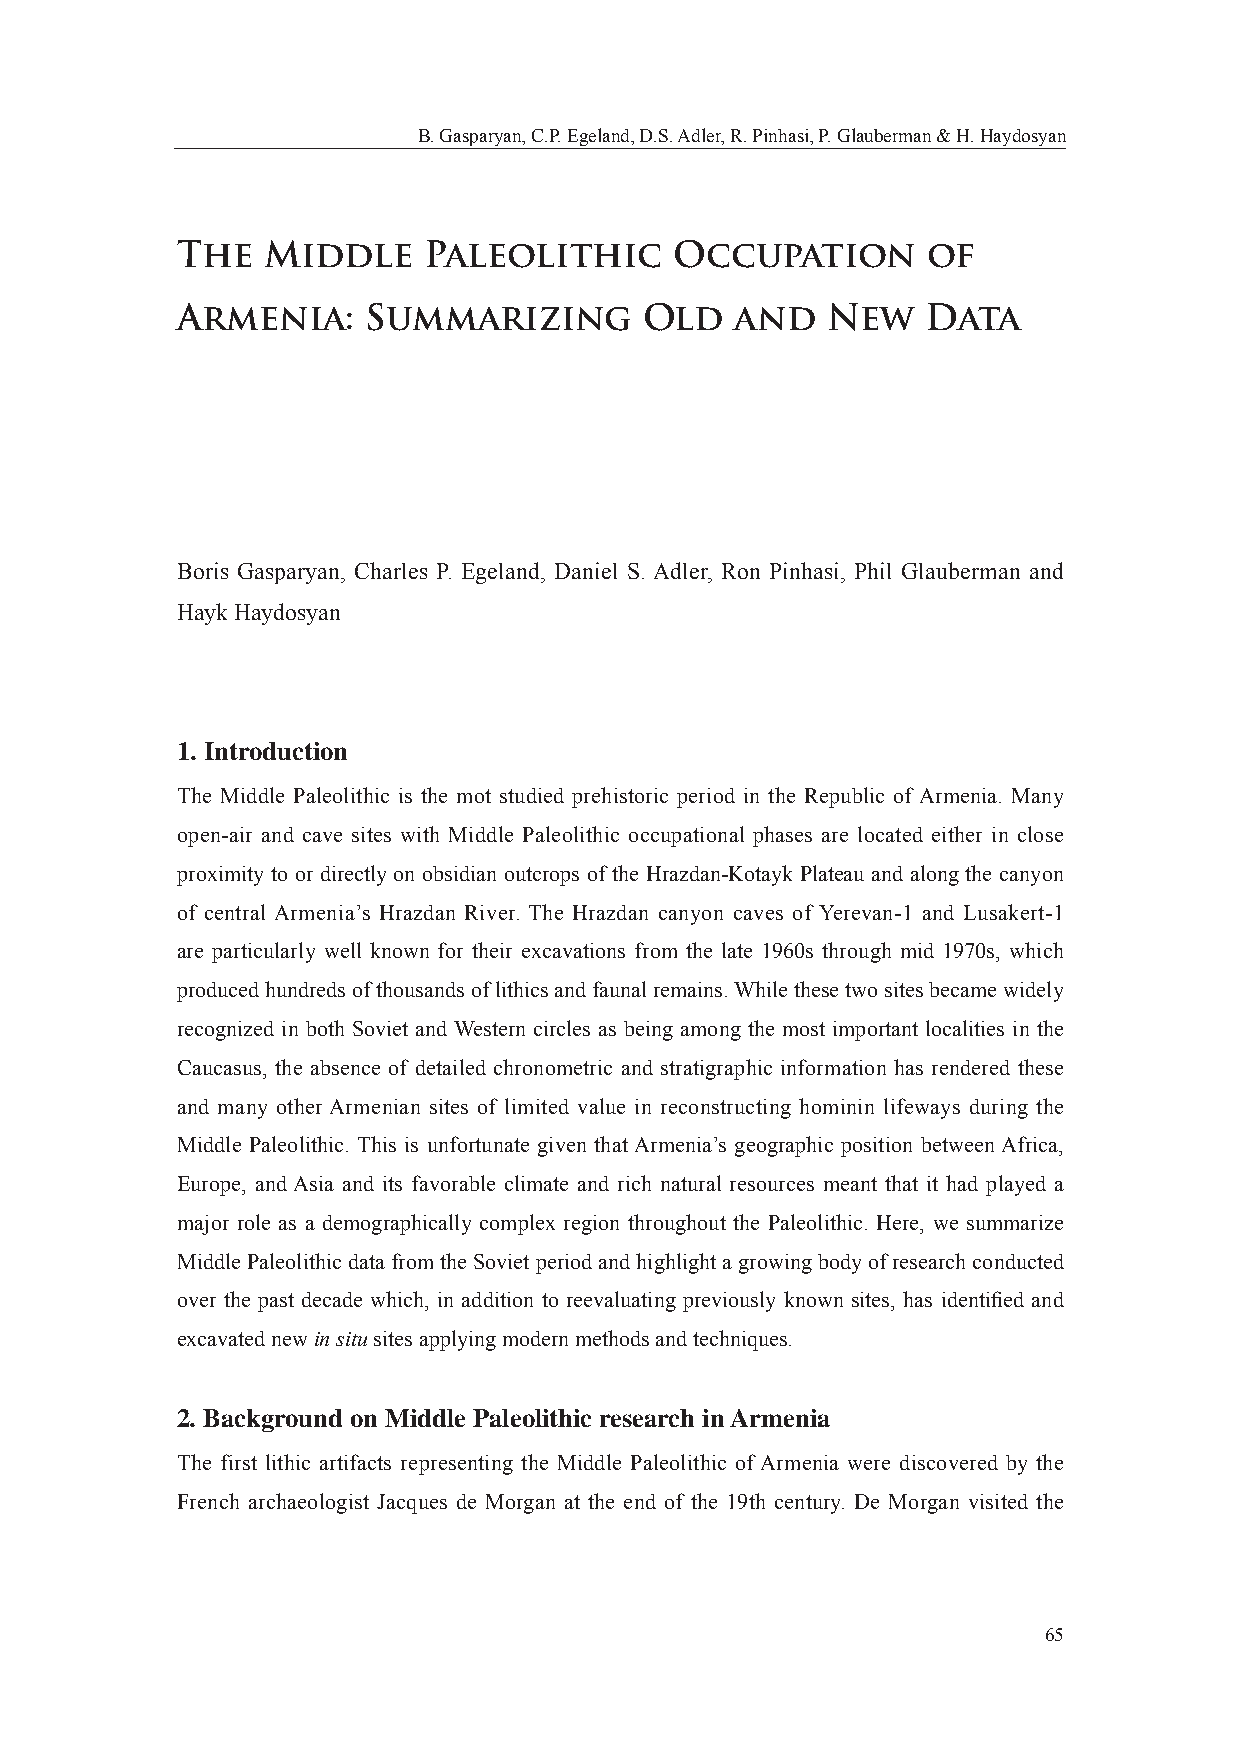
B. Gasparyan, C.P. Egeland, D.S. Adler, R. Pinhasi, P. Glauberman & H. Haydosyan
 The  Middle     Paleolithic      Occupation      of
 Armenia:    Summarizing        Old   and   New   Data
 Boris Gasparyan, Charles P. Egeland, Daniel S. Adler, Ron Pinhasi, Phil Glauberman and
 Hayk Haydosyan
 1. Introduction
 The Middle Paleolithic is the mot studied prehistoric period in the Republic of Armenia. Many
 open-air and cave sites with Middle Paleolithic occupational phases are located either in close
 proximity to or directly on obsidian outcrops of the Hrazdan-Kotayk Plateau and along the canyon
 of central Armenia’s Hrazdan River. The Hrazdan canyon caves of Yerevan-1 and Lusakert-1
 are particularly well known for their excavations from the late 1960s through mid 1970s, which
 produced hundreds of thousands of lithics and faunal remains. While these two sites became widely
 recognized in both Soviet and Western circles as being among the most important localities in the
 Caucasus, the absence of detailed chronometric and stratigraphic information has rendered these
 and many other Armenian sites of limited value in reconstructing hominin lifeways during the
 Middle Paleolithic. This is unfortunate given that Armenia’s geographic position between Africa,
 Europe, and Asia and its favorable climate and rich natural resources meant that it had played a
 major role as a demographically complex region throughout the Paleolithic. Here, we summarize
 Middle Paleolithic data from the Soviet period and highlight a growing body of research conducted
 over the past decade which, in addition to reevaluating previously known sites, has identifi ed and
 excavated new in situ sites applying modern methods and techniques.
 2. Background on Middle Paleolithic research in Armenia
 The first lithic artifacts representing the Middle Paleolithic of Armenia were discovered by the
 French archaeologist Jacques de Morgan at the end of the 19th century. De Morgan visited the
 65